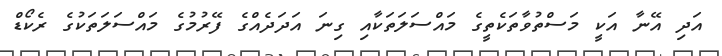
އަދި އޭނާ އަކީ މަސްތުވާތަކެތީގެ މައްސަލަތަކާއި ގިނަ އަދަދެއްގެ ފޭރުމުގެ މައްސަލަތަކުގެ ރެކޯޑް